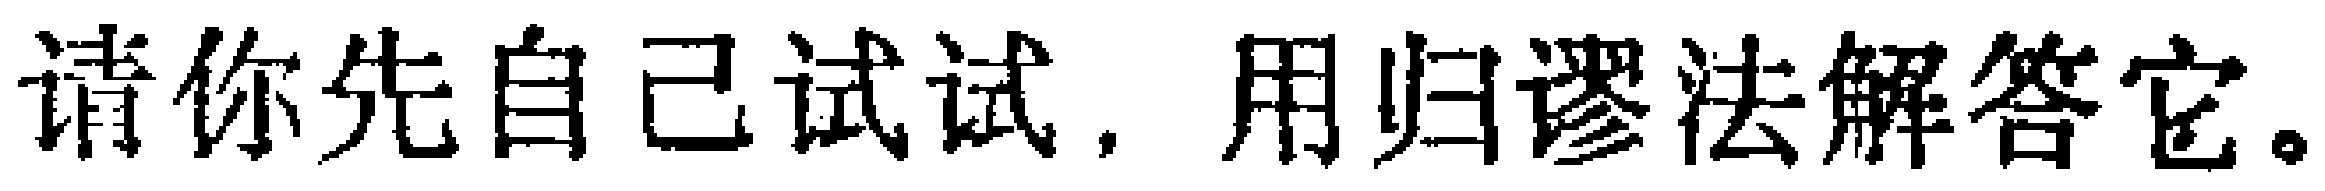
请你先自己试试，用归谬法解答它。